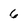
Character: 6